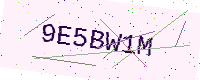
Text: 9E5BW1M